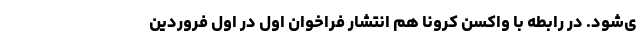
ی‌شود. در رابطه با واکسن کرونا هم انتشار فراخوان اول در اول فروردین